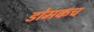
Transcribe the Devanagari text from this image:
डोमकच